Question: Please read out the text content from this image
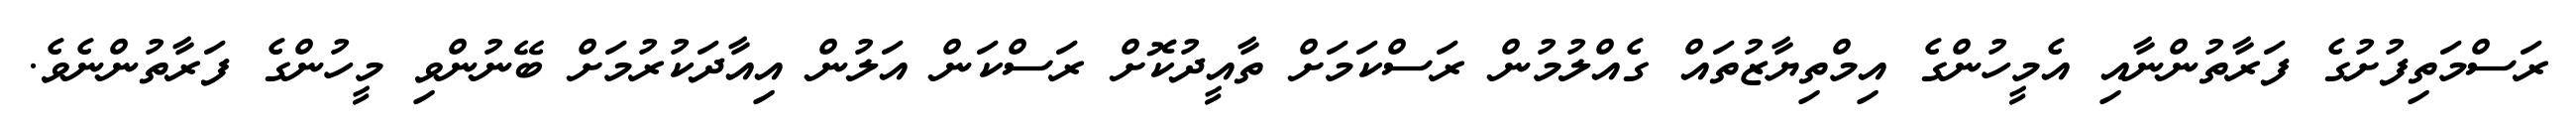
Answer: ރަސްމަތިފުށުގެ ފަރާތުންނާއި އެމީހުންގެ އިމްތިޔާޒުތައް ގެއްލުމުން ރަސްކަމަށް ތާއީދުކޮށް ރަސްކަން އަލުން އިއާދަކުރުމަށް ބޭނުންވި މީހުންގެ ފަރާތުންނެވެ.